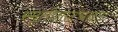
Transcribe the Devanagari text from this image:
स्मृतीनाट्यछटा